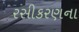
રસીકરણના